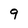
Character: 9